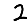
Digit: 2